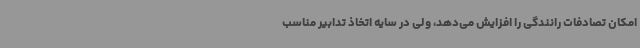
امکان تصادفات رانندگی را افزایش می‌دهد، ولی در سایه اتخاذ تدابیر مناسب